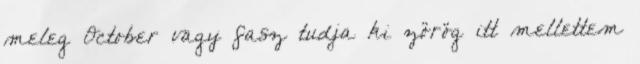
meleg October vagy fasz tudja ki zörög itt mellettem